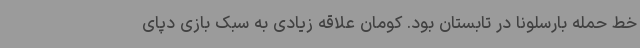
خط حمله بارسلونا در تابستان بود. کومان علاقه زیادی به سبک بازی دپای